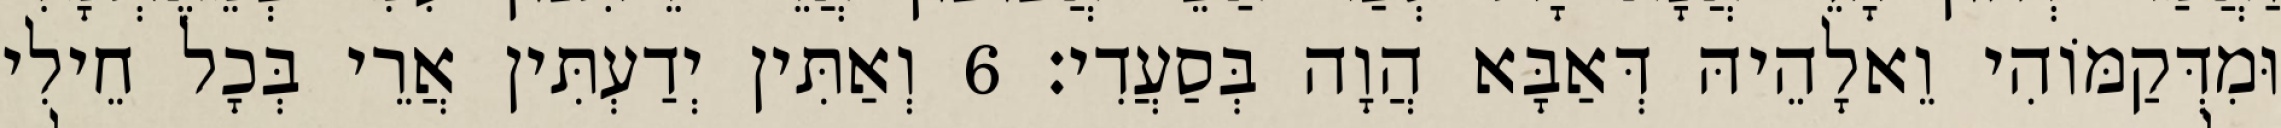
וּמִדְּקַמּוֹהִי וֵאלָהֵיהּ דְּאַבָּא הֲוָה בְּסַעֲדִי׃ 6 וְאַתִּין יְדַעְתִּין אֲרֵי בְּכָל חֵילִי